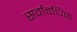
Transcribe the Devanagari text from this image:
सर्वावधिक